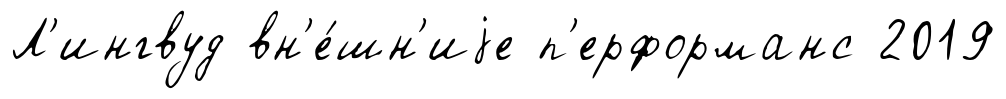
Л'ингвуд вн'е́шн'иjе п'ерформанс 2019